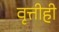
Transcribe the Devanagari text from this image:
वृत्तीही